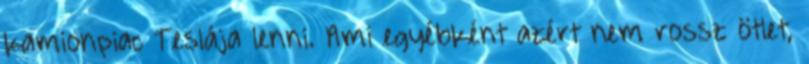
kamionpiac Teslája lenni. Ami egyébként azért nem rossz ötlet,